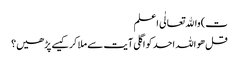
ت) واﷲ تعالٰی اعلم
قل ھو اللہ احد کو اگلی آیت سے ملا کر کیسے پڑھیں؟